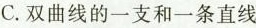
C.双曲线的一支和一条直线